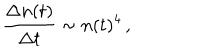
LaTeX: \frac { \Delta n ( t ) } { \Delta t } \sim n ( t ) ^ { 4 } \, ,